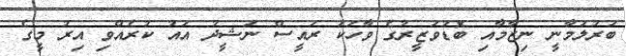
ބަރުލަމާނީ ނިޒާމާއި ބޮޑުވަޒީރުގެ ވާހަކަ ރައީސް ނަޝީދު އައު ކުރެއްވި އިރު މީގެ